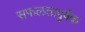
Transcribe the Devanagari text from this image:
सफलतापुर्वक